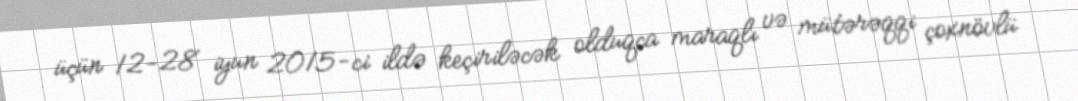
üçün 12-28 iyun 2015-ci ildə keçiriləcək olduqca maraqlı və mütərəqqi çoxnövlü